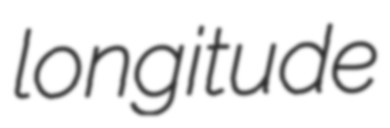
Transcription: longitude